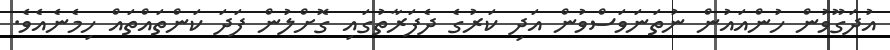
އުދަގޫވުން ހުންއައުން ނުތަނަވަސްވުން އަދި ކަރުގެ ދެފަރާތުގައި ގޮށްލުން ފަދަ ކަންތައްތައް ހިމެނެއެވެ.